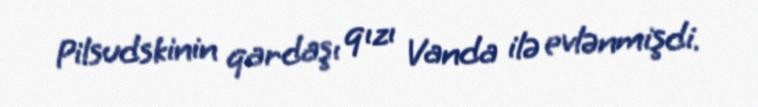
Pilsudskinin qardaşı qızı Vanda ilə evlənmişdi.